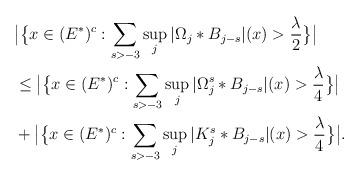
LaTeX: \begin{align*}\begin{aligned}& \big|\big\{x\in(E^\ast)^c:\sum_{s>-3}\sup_j|\Omega_j\ast B_{j-s}|(x)>\frac\lambda2\big\}\big| \\&\le \big|\big\{x\in(E^\ast)^c:\sum_{s>-3}\sup_j|\Omega_j^s\ast B_{j-s}|(x)>\frac\lambda4\big\}\big| \\&+ \big|\big\{x\in(E^\ast)^c:\sum_{s>-3}\sup_j|K_j^s\ast B_{j-s}|(x)>\frac\lambda4\big\}\big|.\end{aligned}\end{align*}